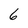
Character: 6